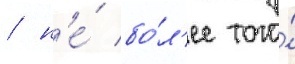
/ н'е́ бо́л'ее того́